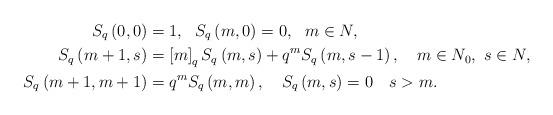
LaTeX: \begin{align*}S_{q}\left( 0,0\right) & =1,\ \ S_{q}\left( m,0\right) =0,\ \ m\in N,\\S_{q}\left( m+1,s\right) & =\left[ m\right] _{q}S_{q}\left( m,s\right)+q^{m}S_{q}\left( m,s-1\right) ,\ \ \ m\in N_{0},\ s\in N,\\S_{q}\left( m+1,m+1\right) & =q^{m}S_{q}\left( m,m\right) ,\ \ \ S_{q}\left( m,s\right) =0\ \ \ s>m.\end{align*}